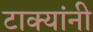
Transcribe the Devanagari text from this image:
टाक्यांनी